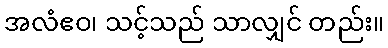
အလံဧဝ၊ သင့်သည် သာလျှင် တည်း။